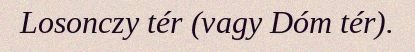
Losonczy tér (vagy Dóm tér).